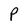
Character: P